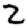
Digit: 2